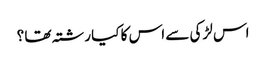
اس لڑکی سے اس کا کیا رشتہ تھا ؟